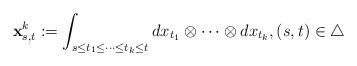
LaTeX: \begin{align*}\mathbf{x}^k_{s,t} := \int_{s \le t_1 \le \cdots \le t_k \le t} dx_{t_1} \otimes \cdots \otimes dx_{t_k}, (s,t) \in \triangle \end{align*}